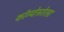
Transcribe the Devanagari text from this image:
कॉम्पोस्तेला